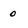
Character: 0